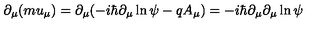
\partial _ { \mu } ( m u _ { \mu } ) = \partial _ { \mu } ( - i \hbar \partial _ { \mu } \ln \psi - q A _ { \mu } ) = - i \hbar \partial _ { \mu } \partial _ { \mu } \ln \psi